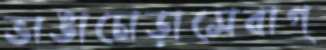
ভাঙাচোড়াসেবাগ্